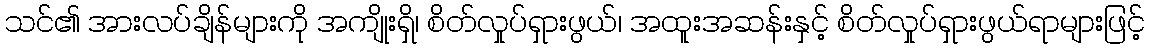
သင်၏ အားလပ်ချိန်များကို အကျိုးရှိ၊ စိတ်လှုပ်ရှားဖွယ်၊ အထူးအဆန်းနှင့် စိတ်လှုပ်ရှားဖွယ်ရာများဖြင့်